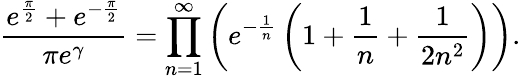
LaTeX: {\frac{e^{\frac{\pi}{2}}+e^{-{\frac{\pi}{2}}}}{\pi e^{\gamma}}}=\prod_{n=1}^{\infty}\left(e^{-{\frac{1}{n}}}\left(1+{\frac{1}{n}}+{\frac{1}{2n^{2}}}\right)\right).